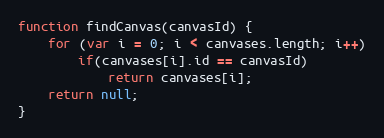
Language: JavaScript
function findCanvas(canvasId) {
	for (var i = 0; i < canvases.length; i++)
		if(canvases[i].id == canvasId)
			return canvases[i];
	return null;
}